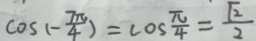
\cos ( - \frac { 7 \pi } { 4 } ) = \cos \frac { \pi } { 4 } = \frac { \sqrt { 2 } } { 2 }